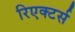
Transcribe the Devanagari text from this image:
रिएक्टर्स